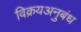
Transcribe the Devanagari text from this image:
विक्रयअनुबंध